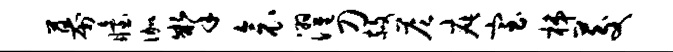
幕眙伽掣衾濯刀赦答疵室梯茭